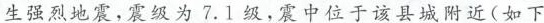
生强烈地震，震级为7.1级，震中位于该县城附近(如下